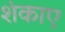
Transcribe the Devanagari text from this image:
शंकाए